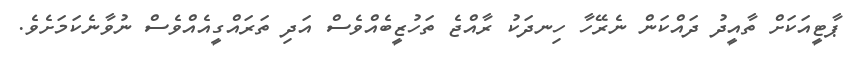
ޕާޓީއަކަށް ތާއީދު ދައްކަން ނެރޭހާ ހިނދަކު ރާއްޖެ ތަހުޒީބެއްވެސް އަދި ތަރައްގީއެއްވެސް ނުވާނެކަމަށެވެ.